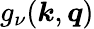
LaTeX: g_{\nu}(\boldsymbol{k},\boldsymbol{q})